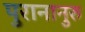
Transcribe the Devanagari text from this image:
पुरानानुरु